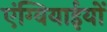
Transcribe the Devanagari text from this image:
एंग्वियाईयों